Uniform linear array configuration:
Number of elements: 64
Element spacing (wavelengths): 0.25
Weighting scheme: uniform
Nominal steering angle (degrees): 15
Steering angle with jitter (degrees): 13.612
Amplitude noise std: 0.05
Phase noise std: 0.05

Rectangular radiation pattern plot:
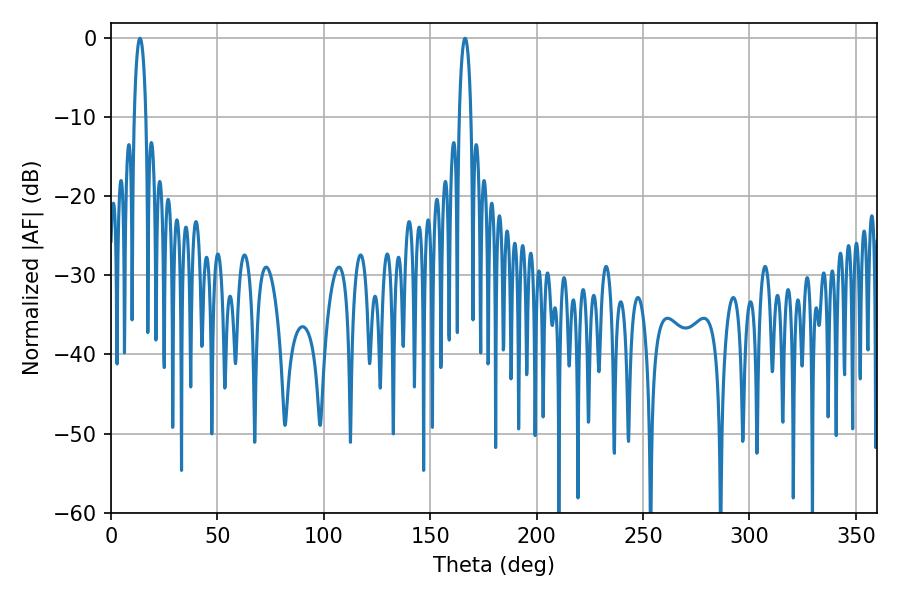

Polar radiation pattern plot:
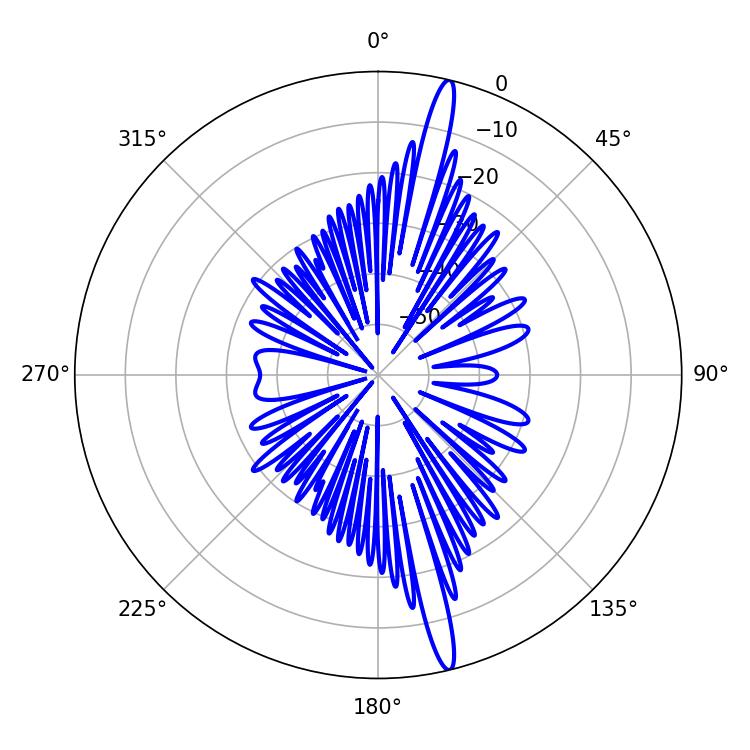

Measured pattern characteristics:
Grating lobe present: FALSE
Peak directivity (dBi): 18.181
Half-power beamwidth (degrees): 3.06
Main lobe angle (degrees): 13.68